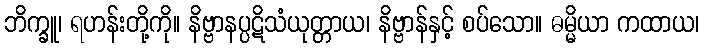
ဘိက္ခူ၊ ရဟန်းတို့ကို။ နိဗ္ဗာနပ္ပဋိသံယုတ္တာယ၊ နိဗ္ဗာန်နှင့် စပ်သော။ ဓမ္မိယာ ကထာယ၊